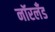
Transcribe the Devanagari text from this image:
नॉरलँड